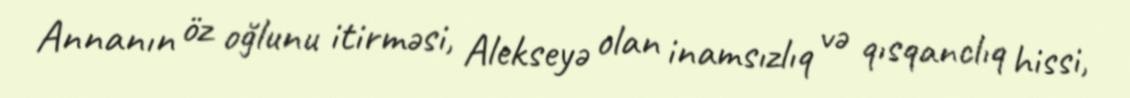
Annanın öz oğlunu itirməsi, Alekseyə olan inamsızlıq və qısqanclıq hissi,